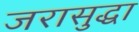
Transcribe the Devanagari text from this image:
जरासुद्धा